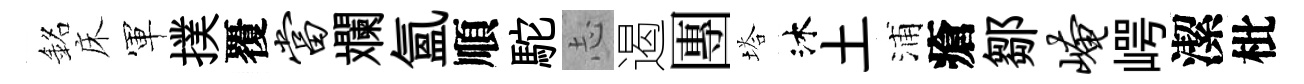
銘床軍撲覆当斕氳順駝𢖽遏團塔沐土浦瘡鄒崦崿潔枇